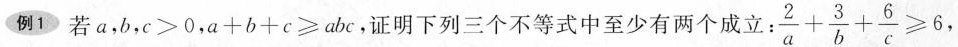
例1若$$a , b , c > 0$$，$$a + b + c ≥ a b c$$,证明下列三个不等式中至少有两个成立:$$\frac { 2 }